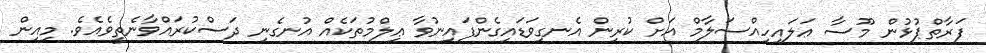
ފަރާތްޕުޅުން މޫސާ ޢަލައިހިއްސަލާމް އަށް ކުރިން އެނގިވަޑައިގެންފައިނުވާ ޢިލްމުތަކެއް އުނގެނި ދަސްކުރައްވާނެތީވެއެވެ. މިއިން